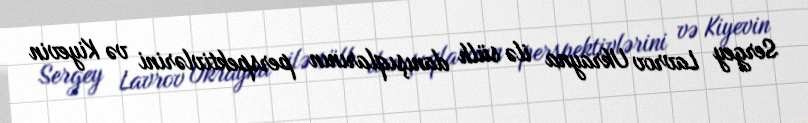
Sergey Lavrov Ukrayna ilə sülh danışıqlarının perspektivlərini və Kiyevin